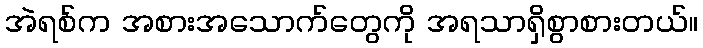
အဲရစ်က အစားအသောက်တွေကို အရသာရှိစွာစားတယ်။